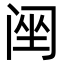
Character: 䦷